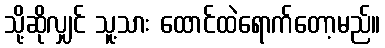
သို့ဆိုလျှင် သူ့သား ထောင်ထဲရောက်တော့မည်။